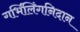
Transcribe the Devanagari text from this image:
गर्भिलिंगनिदान